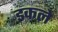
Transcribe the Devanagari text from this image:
इकले